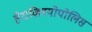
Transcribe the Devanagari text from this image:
हेराक्लियोपोलिस